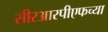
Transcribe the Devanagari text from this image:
सीरआरपीएफच्या